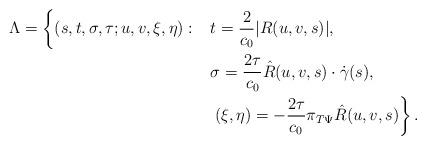
LaTeX: \begin{align*} \Lambda = \left\{ (s, t, \sigma, \tau; u, v, \xi, \eta) : \phantom{\frac{1}{2}}\right. &t = \frac{2}{c_0}|R(u, v, s)|, \\& \sigma = \frac{2\tau}{c_0}\hat{R}(u, v, s)\cdot\dot{\gamma}(s), \\& \left. (\xi, \eta) = -\frac{2\tau}{c_0}\pi_{T\Psi}\hat{R}(u, v, s) \right\}.\end{align*}